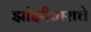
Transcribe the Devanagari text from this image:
झांझीबाराचे